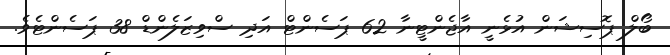
ބޯލް ޕޮސިޝަން އުޅެނީ އާޖެންޓީނާ 62 ޕަސެންޓް އަދި ސްވިޒަލެންޑް 38 ޕަސެންޓެވެ.